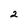
Character: 2